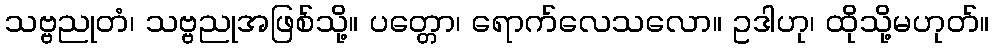
သဗ္ဗညုတံ၊ သဗ္ဗညုအဖြစ်သို့။ ပတ္တော၊ ရောက်လေသလော။ ဥဒါဟု၊ ထိုသို့မဟုတ်။